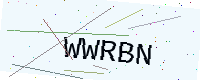
Text: WWRBN